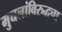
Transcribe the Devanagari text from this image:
मुघलांविरुद्धचा